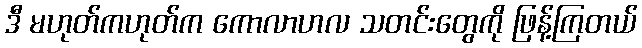
ဒီ မဟုတ်ကဟုတ်က ကောလာဟလ သတင်းတွေကို ဖြန့်ကြတယ်